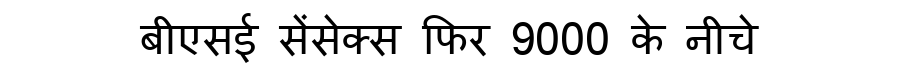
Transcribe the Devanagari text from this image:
बीएसई सेंसेक्स फिर 9000 के नीचे